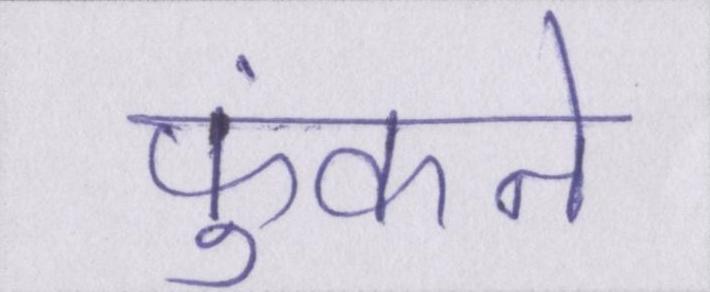
फुंकने